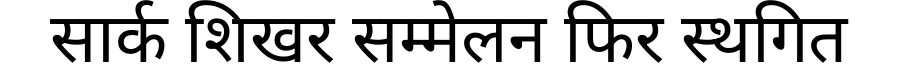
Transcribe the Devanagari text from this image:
सार्क शिखर सम्मेलन फिर स्थगित